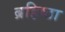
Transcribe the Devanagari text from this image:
ब्रहिष्ठा